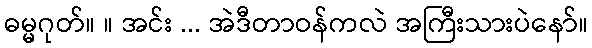
ဓမ္မဂုတ်။ ။ အင်း ... အဲဒီတာဝန်ကလဲ အကြီးသားပဲနော်။